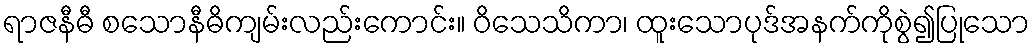
ရာဇနီဓီ စသောနီဓိကျမ်းလည်းကောင်း။ ဝိသေသိကာ၊ ထူးသောပုဒ်အနက်ကိုစွဲ၍ပြုသော